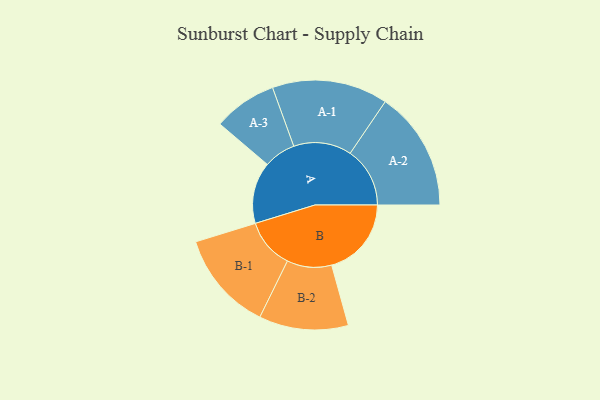
{"axis": {"x": "Segment", "y": "Value"}, "legend": ["", "A", "B"], "data": [{"x": "A", "y": 302, "type": ""}, {"x": "B", "y": 391, "type": ""}, {"x": "A-1", "y": 284, "type": "A"}, {"x": "A-2", "y": 293, "type": "A"}, {"x": "A-3", "y": 156, "type": "A"}, {"x": "B-1", "y": 245, "type": "B"}, {"x": "B-2", "y": 219, "type": "B"}]}